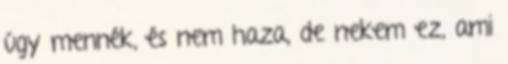
úgy mennék, és nem haza, de nekem ez, ami